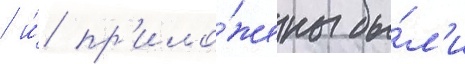
/ и́ пр'ило́жены бы́л'и